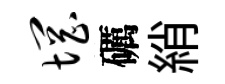
惘礪綃